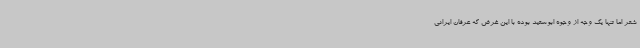
شعر اما تنها یک وجه از وجوه ابوسعید بوده با این غرض که عرفان ایرانی